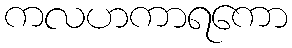
ကလဟကာရကော